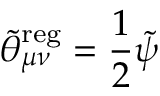
\widetilde { \theta } _ { \mu \nu } ^ { \mathrm { r e g } } = \frac 1 2 \widetilde { \psi }